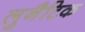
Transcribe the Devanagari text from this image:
लुनैटिक